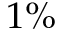
1 \%